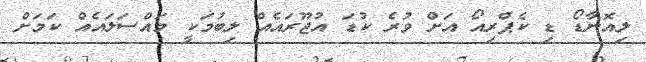
ލިއޮނާޑޯ ޑި ކެޕްރިއޯ އަށް ވުރެ ކުޑަ އުޖޫރައެއް ލިބުމަކީ މައްސަލައެއް ކަމަށް